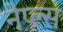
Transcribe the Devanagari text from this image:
नेप्ल्स